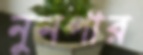
নুনপার